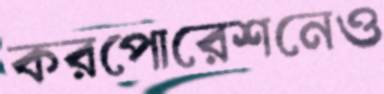
করপোরেশনেও